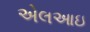
એલઆઇ